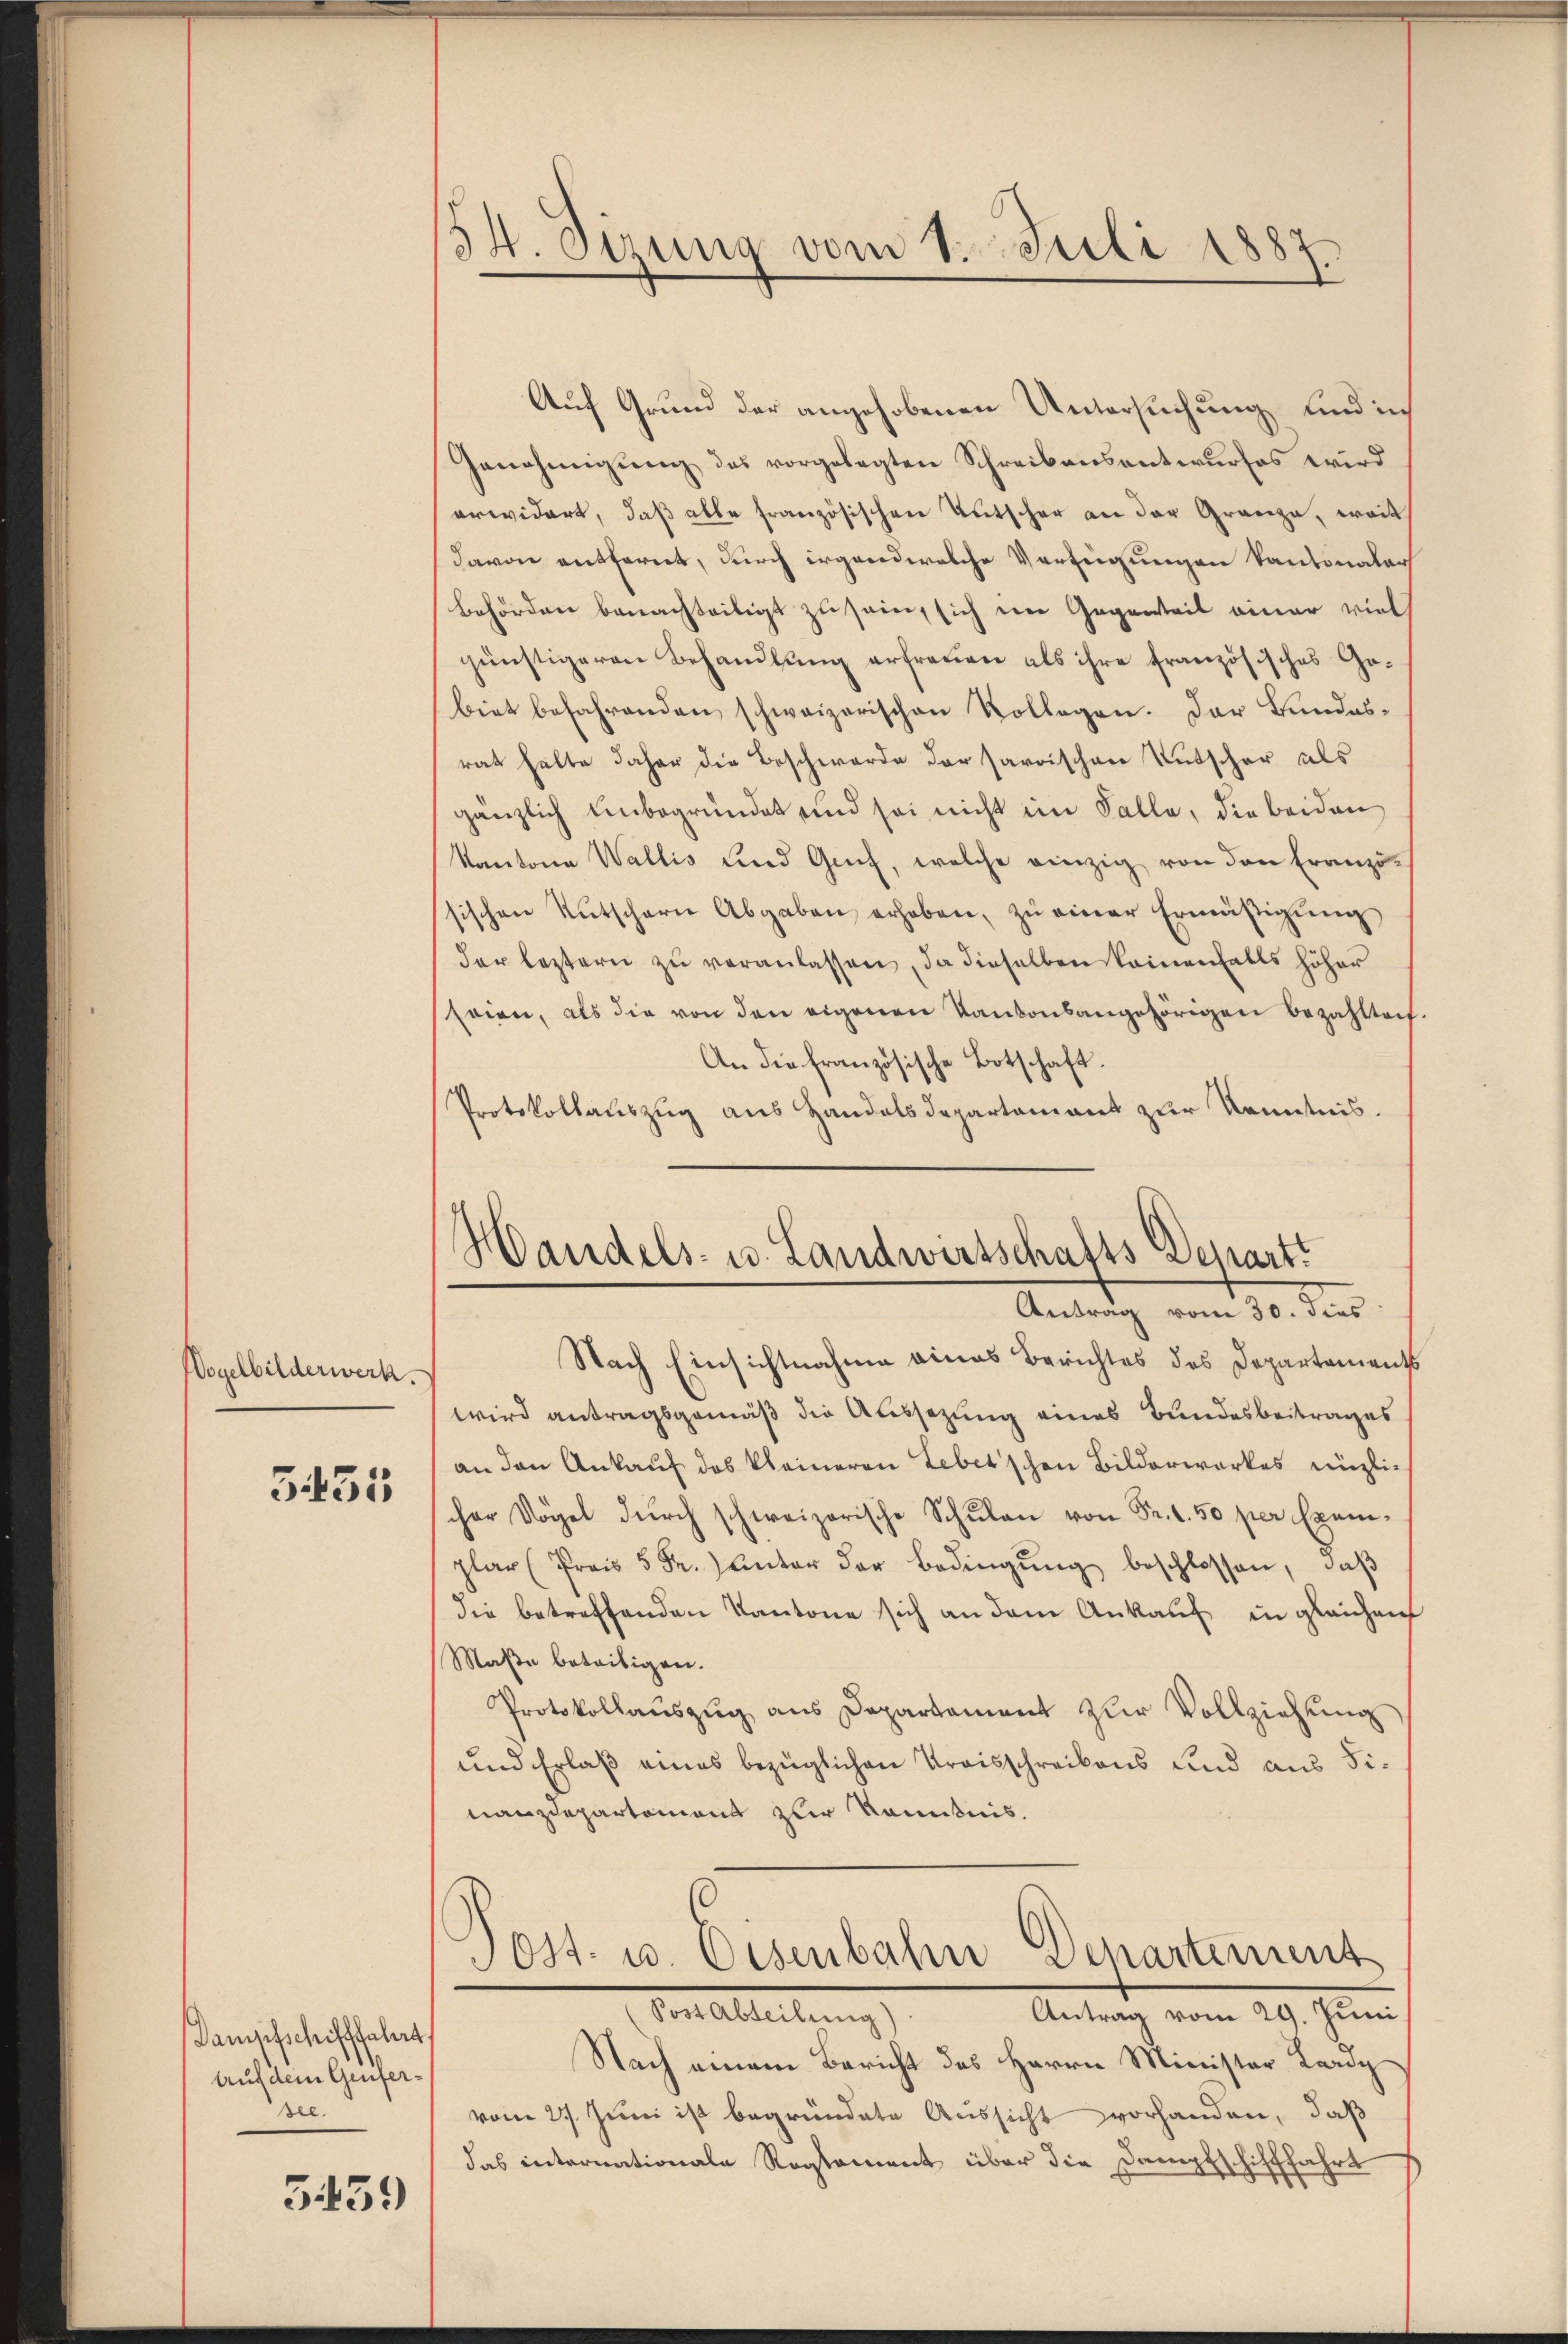
Wogelbilderwerk.

3435

Dampfschifffahrt
Auf dem Genfer-
see.

3459

34. Sizung vom 1. Juli 1887.
.

Auf Grund der angehobenen Untersuchung und in
Genehmigung des vorgelegten Schreibensentwurfes wird
erwidert, daß alle französischen Tutscher an der Gränze, weit
davon entfernt, durch irgend welche Verfügungen kantonalar
Behörden benachteiligt zu sei, sich im Gegenteil einer viel
günstigeren Behandlung erfreuen als ihre französisches Gebiet befahrenden schweizerischen Kollegen. Der Bundesrat halte daher die Beschwerde der Parischen Entscher als
gänzlich unbegründet und sei nicht im Falle, die beiden
Kantone Wallis und Genf, welche einzig von den Französischen Rutschern Abgaben erhoben, zŭ einer Ermäβigŭng
der leztern zŭ veranlassen, da dieselben keinenfalls höher
seien, als die von den eigenen Kantonsangehörigen bezahlteig.
An die französische Botschaft.
Protokollauszug aus Handelsdepartement zur Kenntnis.
Nach Einsichtnahme eines Berichtes des Departements
wird antragsgemäß die Aussezung eines Bundesbeitrages
an den Ankauf des kleineren Leber’schen Bilderwerkes nüzliher Vögel dŭrch schweizerische Schŭlan von Fr. 1.50 per Exem-
plar (frais 5 Fr. unter der Bedingŭng beschlossen, daß
die betreffenden Kantone sich an dem Ankauf in gleichen
Maße beteiligen.
Protokollauszug aus Departament zur Vollziehung
und Erlaß eines bezüglichen Kraisschreibens und aus Finanzdepartement zur Kenntnis.
Departement
Post. u. Eisenbahn
Ven. Abteilung
Antrag vom 29. Juni,
Nach einem Bericht des Herrn Minister Lardy
vom 27. Juni ist begründete Aussicht vorhanden, daß
das internationale Reglement über die Dampfschifffahrt

Handels- u. Landwirtschafts Depart.
Antrag vom 30. dies